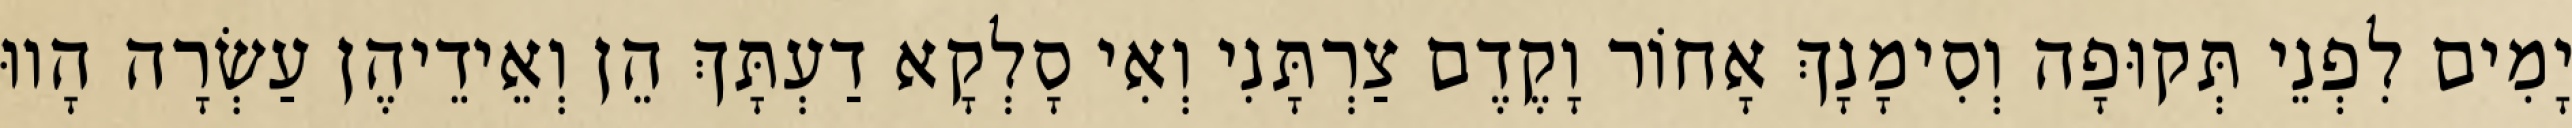
יָמִים לִפְנֵי תְּקוּפָה וְסִימָנָךְ אָחוֹר וָקֶדֶם צַרְתָּנִי וְאִי סָלְקָא דַעְתָּךְ הֵן וְאֵידֵיהֶן עַשְׂרָה הָווּ